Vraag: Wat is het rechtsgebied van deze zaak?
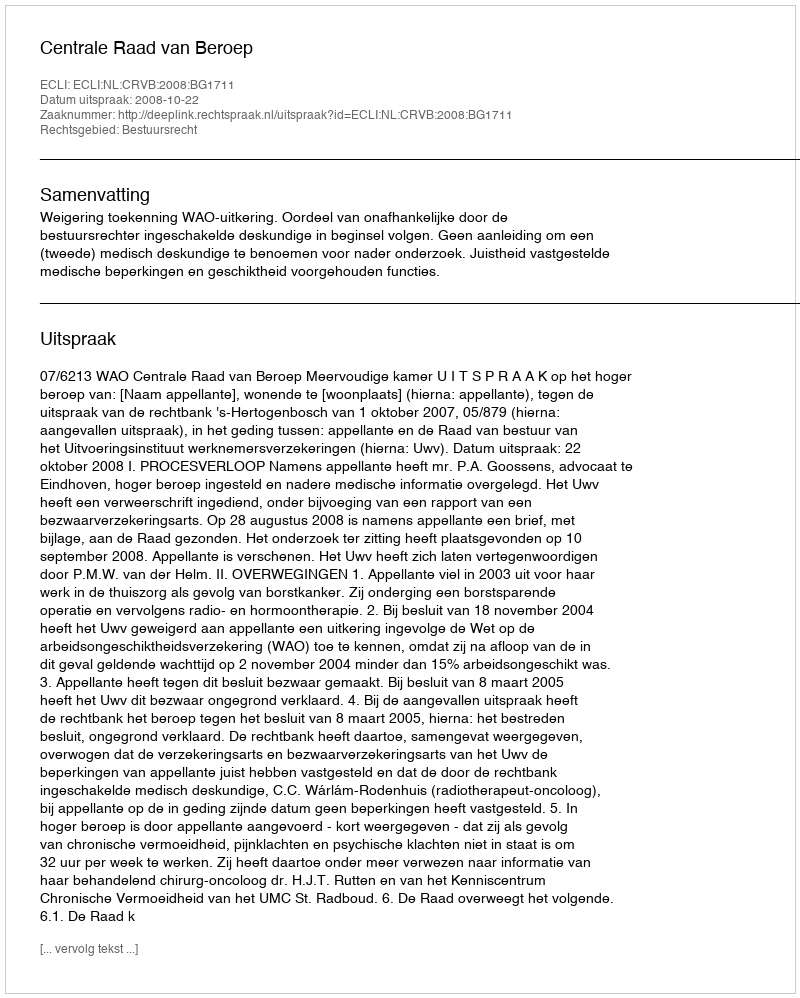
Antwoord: Bestuursrecht